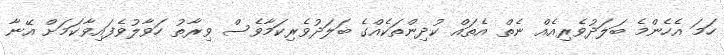
ހަމަ އެހެންމެ ބަލަދުވެރިއެއް ނެތް އެތައް ކުދިންތަކެއްގެ ބަލަދުވެރިކަމާވެސް ވިރާތު ހަވާލުވެފައިވާކަމަށް އޭނާ